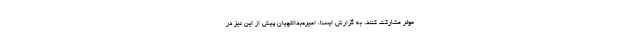
موثر مشارکت کنند. به گزارش ایسنا، امیرعبداللهیان پیش از این نیز در